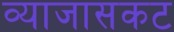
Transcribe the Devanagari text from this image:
व्याजासकट